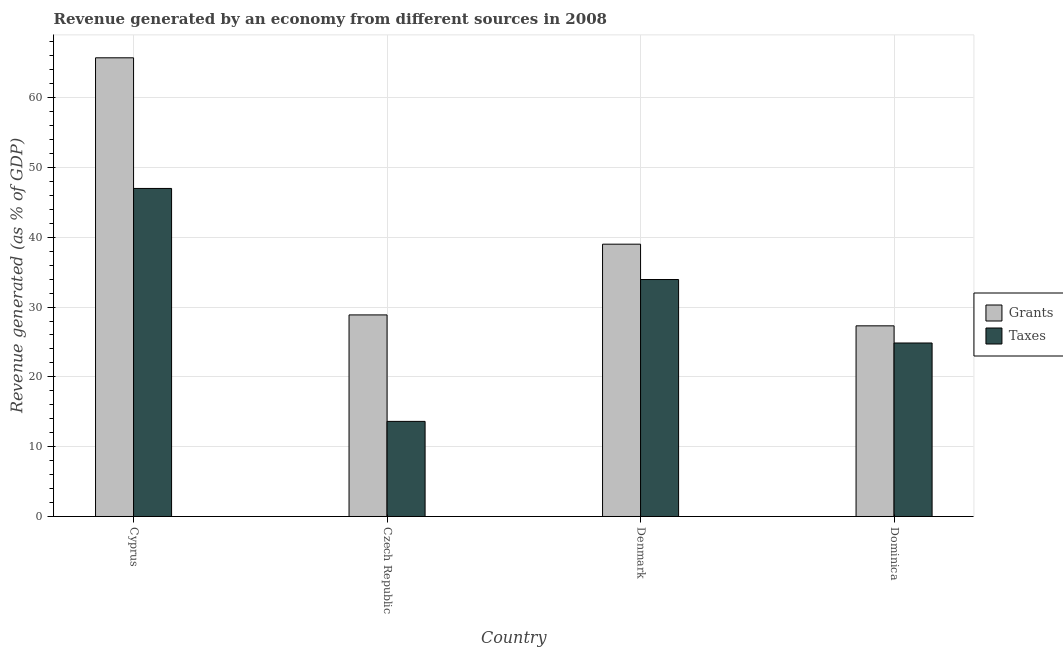
| Country | Grants | Taxes |
 | --- | --- | --- |
 | Cyprus | 65.7 | 47 |
 | Czech Republic | 28.9 | 13.6 |
 | Denmark | 39 | 33.9 |
 | Dominica | 27.3 | 24.9 |